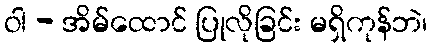
ဝါ - အိမ်ထောင် ပြုလိုခြင်း မရှိကုန်ဘဲ၊